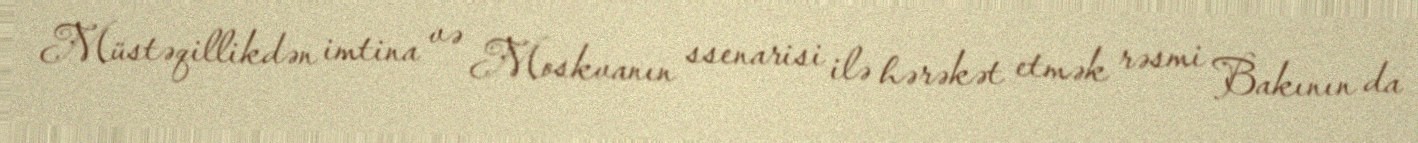
Müstəqillikdən imtina və Moskvanın ssenarisi ilə hərəkət etmək rəsmi Bakının da